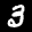
Label: 3